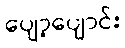
ပျော့ပျောင်း